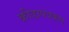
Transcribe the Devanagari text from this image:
क्रीडापत्रकार